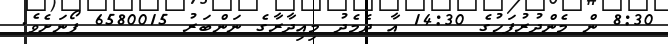
8:30 ން މެންދުރުފަހުގެ 14:30 އާ ދެމެދު މިއިދާރާގެ ނަންބަރު 6580015 ފޯނަށެވެ.